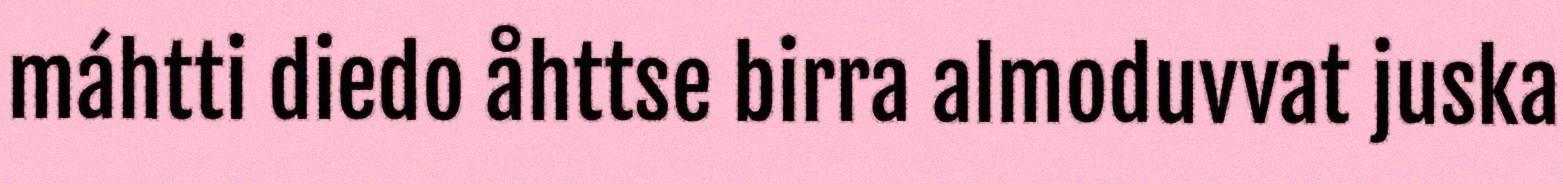
máhtti diedo åhttse birra almoduvvat juska